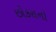
છોકરાનો